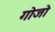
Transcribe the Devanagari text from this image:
गोजो